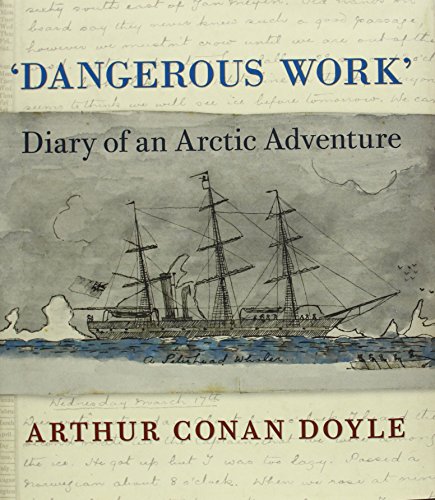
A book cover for Dangerous Work: Diary of an Arctic Adventure; Arthur Conan Doyle; Literature & Fiction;